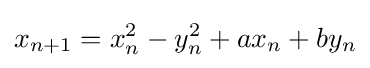
x_{n+1}=x_{n}^{2}-y_{n}^{2}+ax_{n}+by_{n}